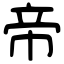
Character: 帝